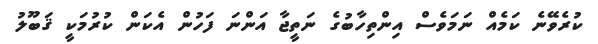
ކުރެވޭނެ ކަމެއް ނަމަވެސް އިންތިހާބުގެ ނަތީޖާ އަންނަ ފަހުން އެކަން ކުރުމަކީ ޤަބޫލު